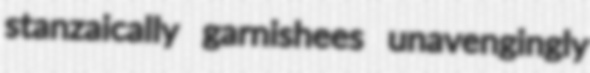
stanzaically garnishees unavengingly